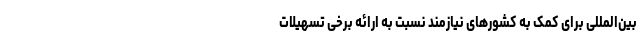
بین‌المللی برای کمک به کشور‌های نیازمند نسبت به ارائه برخی تسهیلات